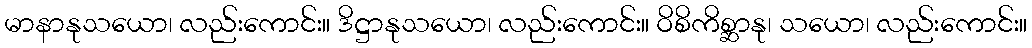
မာနာနုသယော၊ လည်းကောင်း။ ဒိဋ္ဌာနုသယော၊ လည်းကောင်း။ ဝိစိကိစ္ဆာနု၊ သယော၊ လည်းကောင်း။